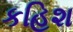
કહિશ